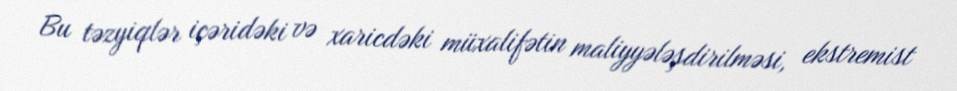
Bu təzyiqlər içəridəki və xaricdəki müxalifətin maliyyələşdirilməsi, ekstremist